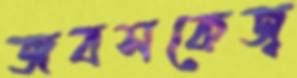
জবসকেজ্ব